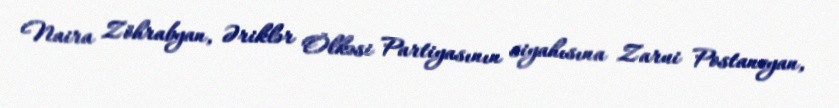
Naira Zöhrabyan, Əriklər Ölkəsi Partiyasının siyahısına Zarui Postancyan,